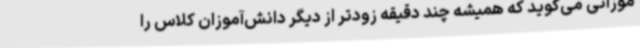
موزانی می‌گوید که همیشه چند دقیقه زودتر از دیگر دانش‌آموزان کلاس را